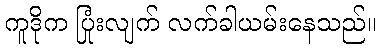
ကူဒိုက ပြုံးလျက် လက်ခါယမ်းနေသည်။